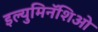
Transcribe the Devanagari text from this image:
इल्युमिनॅशिओ